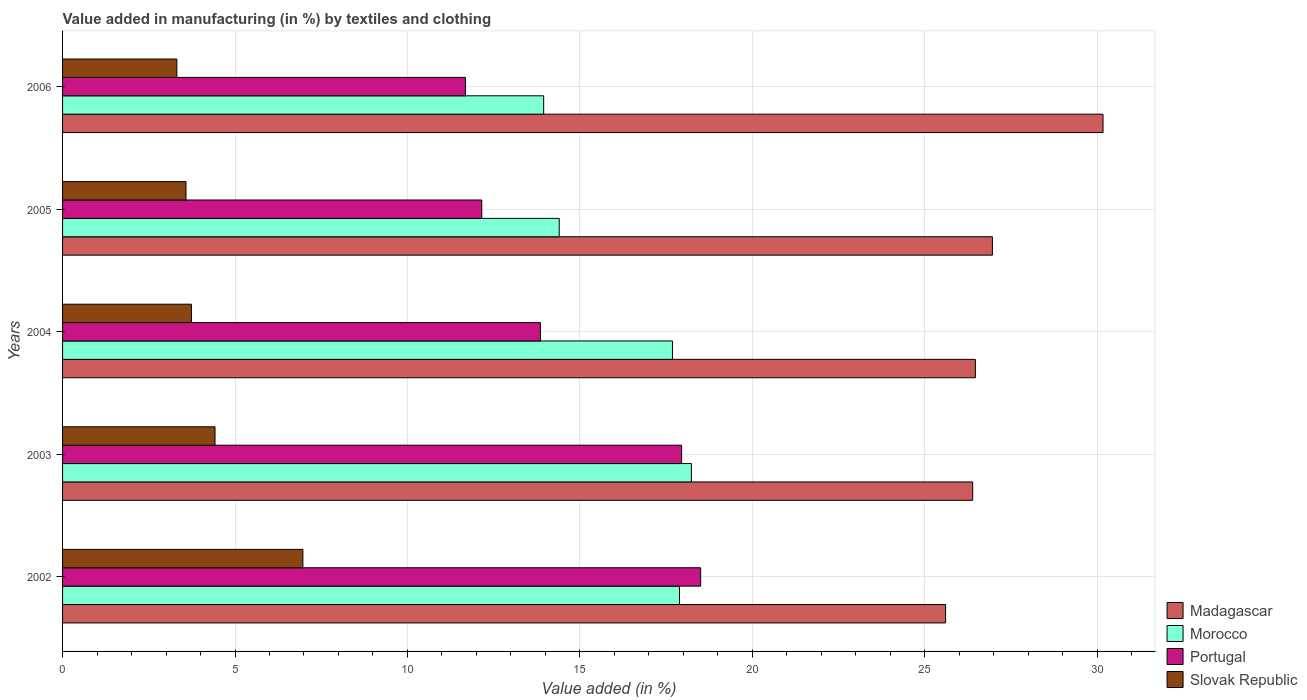
| Years | Madagascar | Morocco | Portugal | Slovak Republic |
 | --- | --- | --- | --- | --- |
 | 2002 | 25.6 | 17.9 | 18.5 | 6.97 |
 | 2003 | 26.4 | 18.2 | 18 | 4.42 |
 | 2004 | 26.5 | 17.7 | 13.9 | 3.74 |
 | 2005 | 27 | 14.4 | 12.2 | 3.58 |
 | 2006 | 30.2 | 14 | 11.7 | 3.31 |